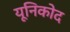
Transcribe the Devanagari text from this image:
यूनिकोद